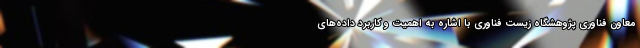
معاون فناوری پژوهشگاه زیست فناوری با اشاره به اهمیت و کاربرد داده‌های